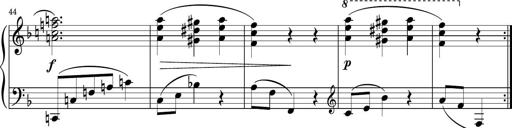
Title: Sonatina PandemÃ³nium
Composer: VÃ­ctor Carbajo
Key: C major